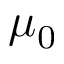
\mu _ { 0 }